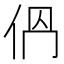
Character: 𠈕